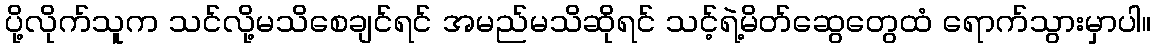
ပို့လိုက်သူက သင်လို့မသိစေချင်ရင် အမည်မသိဆိုရင် သင့်ရဲ့မိတ်ဆွေတွေထံ ရောက်သွားမှာပါ။